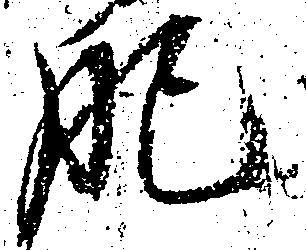
肥